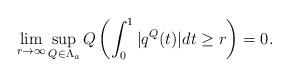
LaTeX: \begin{align*}\lim_{r\rightarrow\infty}\sup_{Q \in \Lambda_a}Q\left(\int_0^1|q^Q(t)|dt \ge r\right) = 0.\end{align*}